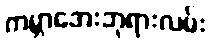
ကမ္ဘာအေးဘုရားလမ်း